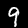
Label: 9